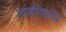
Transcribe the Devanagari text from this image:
खंडीयदाब